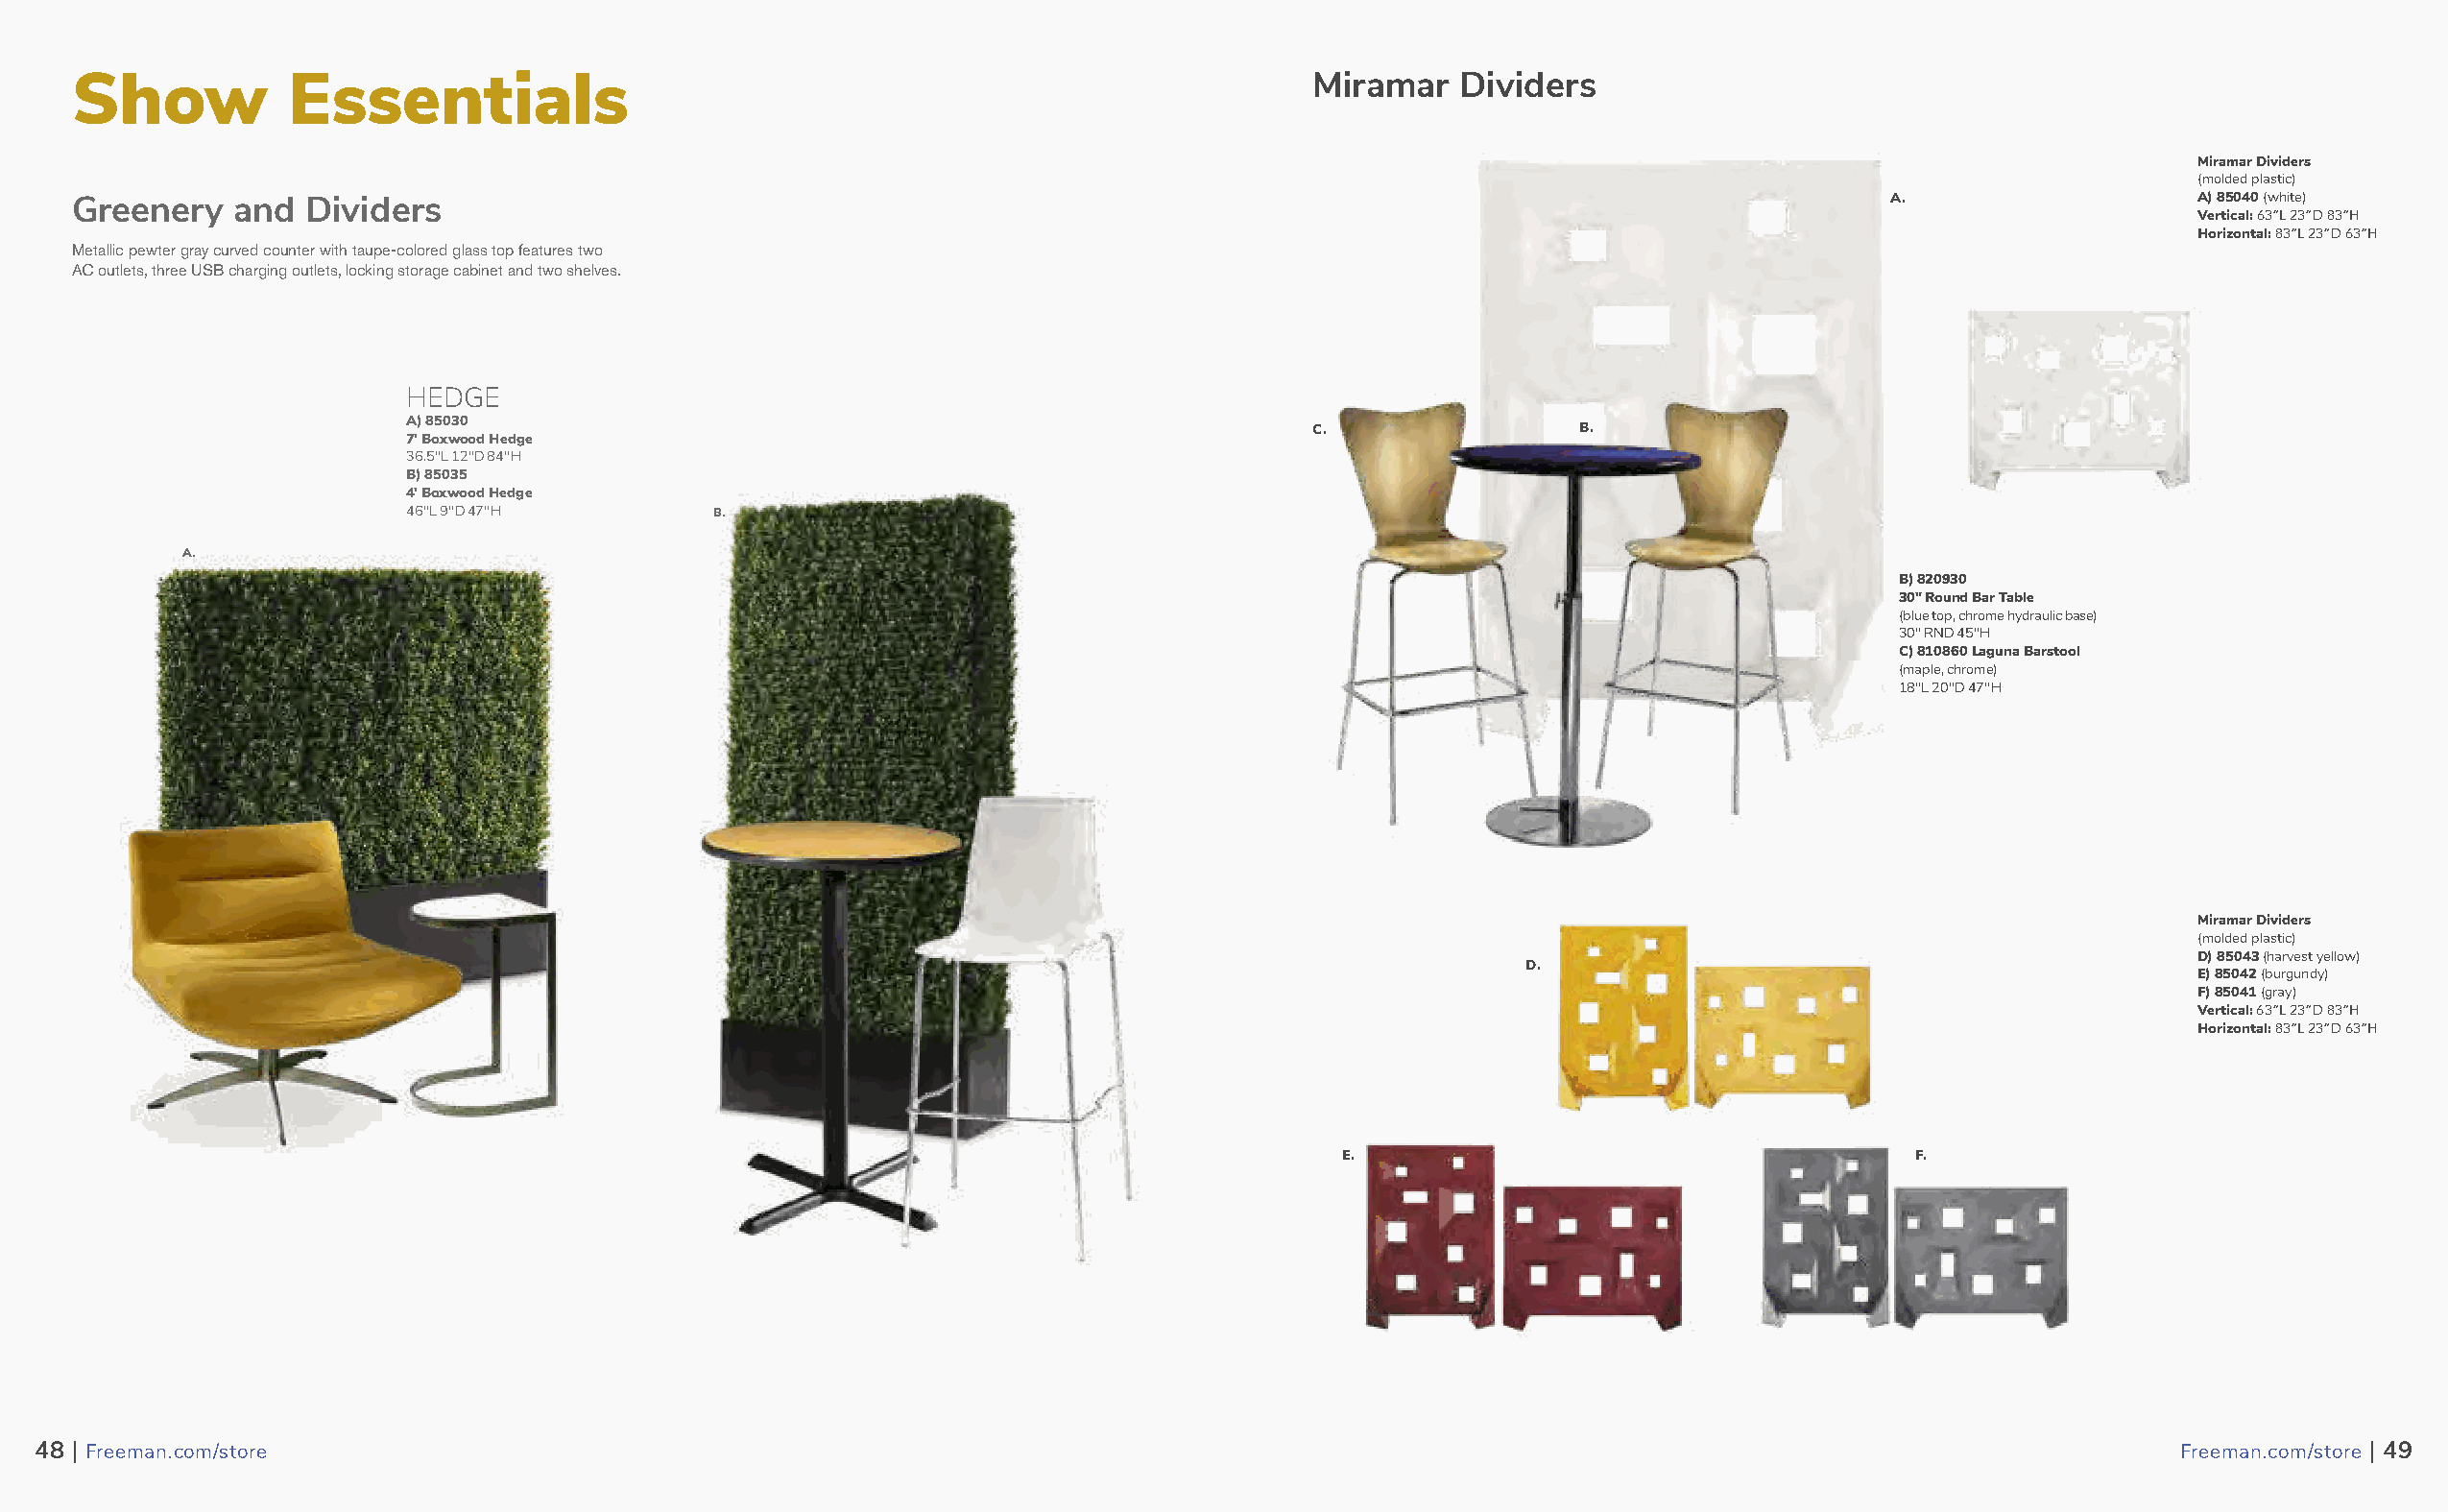
Show           Essentials                                                             Miramar   Dividers
 Miramar Dividers
 (molded plastic)
 Greenery   and  Dividers                                                                                                     A.                    A) 85040 (white)
 Vertical: 63”L 23”D 83”H
 Horizontal: 83”L 23”D 63”H
 Metallic pewter gray curved counter with taupe-colored glass top features two
 AC outlets, three USB charging outlets, locking storage cabinet and two shelves.
 HEDGE
 A) 85030
 C.                B.
 7' Boxwood Hedge
 36.5"L 12"D 84"H
 B) 85035
 4' Boxwood Hedge
 46"L 9"D 47"H        B.
 A.
 B) 820930
 30" Round Bar Table
 (blue top, chrome hydraulic base)
 30" RND 45"H
 C) 810860 Laguna Barstool
 (maple, chrome)
 18"L 20"D 47"H
 Miramar Dividers
 (molded plastic)
 D) 85043 (harvest yellow)
 D.
 E) 85042 (burgundy)
 F) 85041 (gray)
 Vertical: 63”L 23”D 83”H
 Horizontal: 83”L 23”D 63”H
 E.                                     F.
 4488 || FFrreeeemmaann..ccoomm//ssttoorree                                                                                                          FFrreeeemmaann..ccoomm//ssttoorree || 4499
 49                                                                                                                                                                 50